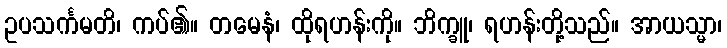
ဥပသင်္ကမတိ၊ ကပ်၏။ တမေနံ၊ ထိုရဟန်းကို။ ဘိက္ခူ၊ ရဟန်းတို့သည်။ အာယသ္မာ၊